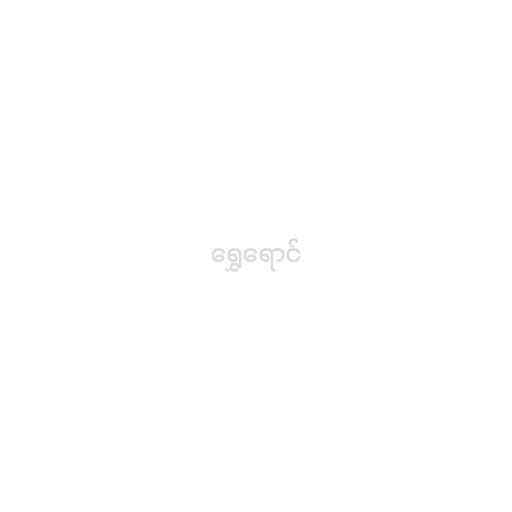
ရွှေရောင်